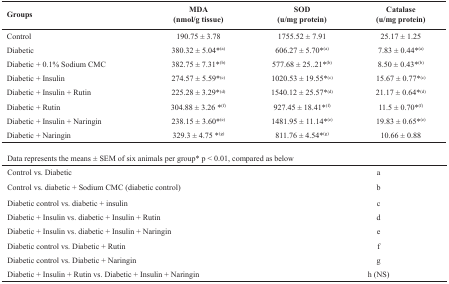
| Groups | MDA(nmol/g tissue) | SOD(u/mg protein) | Catalase(u/mg protein) |
 | --- | --- | --- | --- |
 | Control | 190.75 ± 3.78 | 1755.52 ± 7.91 | 25.17 ± 1.25 |
 | Diabetic | 380.32 ± 5.04*(a) | 606.27 ± 5.70*(a) | 7.83 ± 0.44*(a) |
 | Diabetic + 0.1% Sodium CMC | 382.75 ± 7.31*(b) | 577.68 ± 25..21*(b) | 8.50 ± 0.43*(b) |
 | Diabetic + Insulin | 274.57 ± 5.59*(c) | 1020.53 ± 19.55*(c) | 15.67 ± 0.77*(c) |
 | Diabetic + Insulin + Rutin | 225.28 ± 3.29*(d) | 1540.12 ± 25.57*(d) | 21.17 ± 0.64*(d) |
 | Diabetic + Rutin | 304.88 ± 3.26 *(f) | 927.45 ± 18.41*(f) | 11.5 ± 0.70*(f) |
 | Diabetic + Insulin + Naringin | 238.15 ± 3.60*(e) | 1481.95 ± 11.14*(e) | 19.83 ± 0.65*(e) |
 | Diabetic + Naringin | 329.3 ± 4.75 *(g) | 811.76 ± 4.54*(g) | 10.66 ± 0.88 |
 | <COLSPAN=4> Data represents the means ± SEM of six animals per group* p < 0.01, compared as below |
 | <COLSPAN=2> Control vs. Diabetic | <COLSPAN=2> a |
 | <COLSPAN=2> Control vs. diabetic + Sodium CMC (diabetic control) | <COLSPAN=2> b |
 | <COLSPAN=2> Diabetic control vs. diabetic + insulin | <COLSPAN=2> c |
 | <COLSPAN=2> Diabetic + Insulin vs. diabetic + Insulin + Rutin | <COLSPAN=2> d |
 | <COLSPAN=2> Diabetic + Insulin vs. diabetic + Insulin + Naringin | <COLSPAN=2> e |
 | <COLSPAN=2> Diabetic control vs. Diabetic + Rutin | <COLSPAN=2> f |
 | <COLSPAN=2> Diabetic control vs. Diabetic + Naringin | <COLSPAN=2> g |
 | <COLSPAN=2> Diabetic + Insulin + Rutin vs. Diabetic + Insulin + Naringin | <COLSPAN=2> h (NS) |